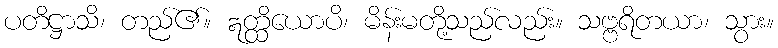
ပတိဋ္ဌာသိ၊ တည်၏။ ဣတ္ထိယောပိ၊ မိန်းမတို့သည်လည်း။ သဗ္ဗရိတယာ၊ သွား။